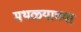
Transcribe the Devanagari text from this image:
मथळ्याच्या